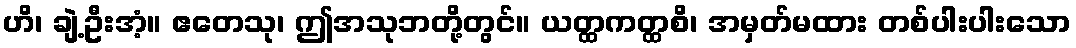
ဟိ၊ ချဲ့ဦးအံ့။ ဧတေသု၊ ဤအသုဘတို့တွင်။ ယတ္ထကတ္ထစိ၊ အမှတ်မထား တစ်ပါးပါးသော